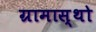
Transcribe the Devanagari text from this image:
ग्रामास्थो